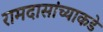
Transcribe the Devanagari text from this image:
रामदासांच्याकडे